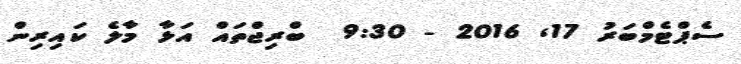
ސެޕްޓެމްބަރު 17